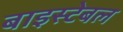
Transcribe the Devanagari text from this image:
बाइस्टेबल